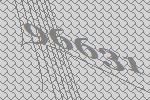
96631